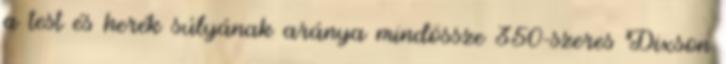
a test és herék súlyának aránya mindössze 350-szeres Dixson